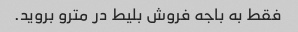
فقط به باجه فروش بلیط در مترو بروید.